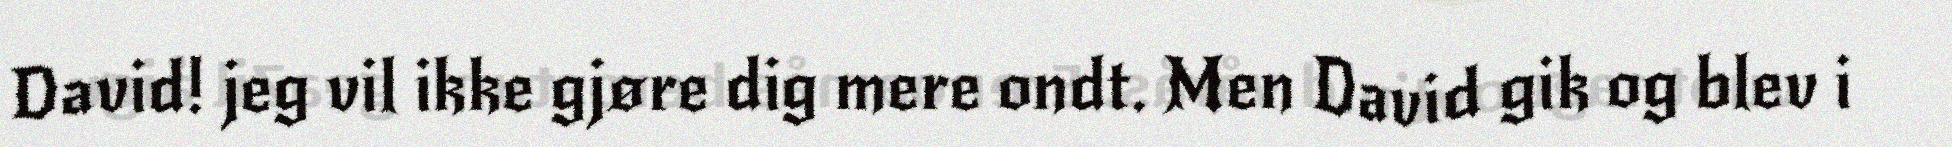
David! jeg vil ikke gjøre dig mere ondt. Men David gik og blev i